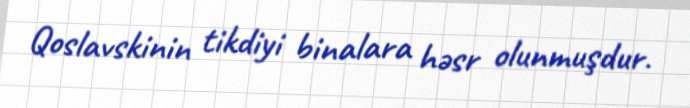
Qoslavskinin tikdiyi binalara həsr olunmuşdur.